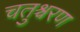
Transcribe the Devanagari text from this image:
चतुश्चरण